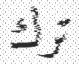
ترك